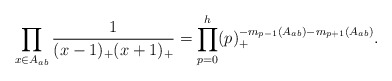
\begin{align*}\prod_{x\in A_{ab}}\frac{1}{(x-1)_+(x+1)_+}=\prod_{p=0}^{h}(p)_+^{-m_{p-1}(A_{ab})-m_{p+1}(A_{ab})}.\end{align*}